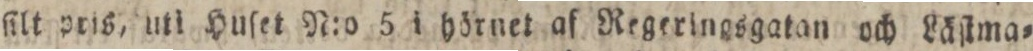
ſilt pris, uti Huſet N:o 5 i hörnet af Regeringsgatan och Läſtma=